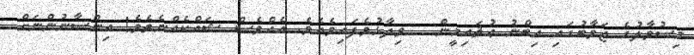
މިސުވާލުގެ ޖަވާބުގައި އިބްނު ޢުޘައިމީން   ވިދާޅުވެފައިވެއެވެ. އެއްވެސް ޝައްކެއްނެތެވެ! އިންސާނުންނަށް